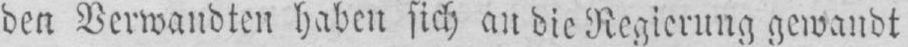
den Verwandten haben sich an die Regierung gewandt